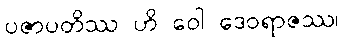
ပဇာပတိဿ ဟိ ဝေါ ဒေဝရာဇဿ၊